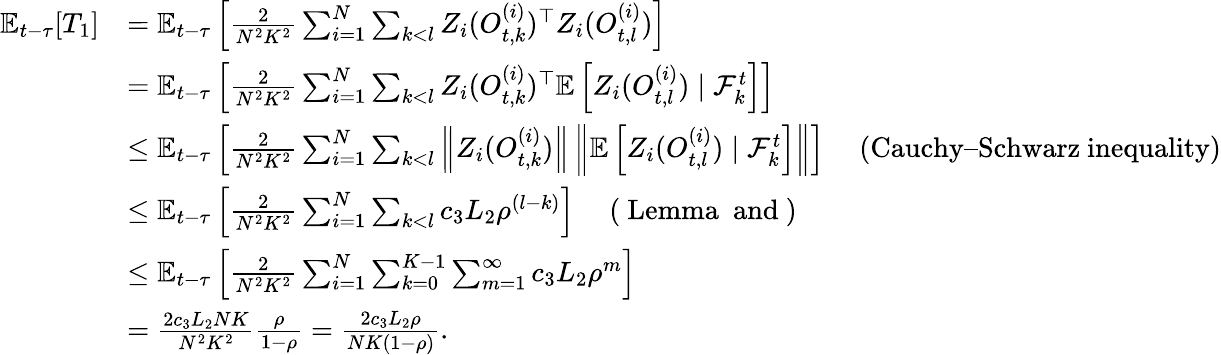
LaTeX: \begin{array}{rl}{\mathbb{E}_{t-\tau}[T_{1}]}&{=\mathbb{E}_{t-\tau}\left[\frac{2}{N^{2}K^{2}}\sum_{i=1}^{N}\sum_{k<l}Z_{i}(O_{t,k}^{(i)})^{\top}Z_{i}(O_{t,l}^{(i)})\right]}\\ &{=\mathbb{E}_{t-\tau}\left[\frac{2}{N^{2}K^{2}}\sum_{i=1}^{N}\sum_{k<l}Z_{i}(O_{t,k}^{(i)})^{\top}\mathbb{E}\left[Z_{i}(O_{t,l}^{(i)})\mid\mathcal{F}_{k}^{t}\right]\right]}\\ &{\le\mathbb{E}_{t-\tau}\left[\frac{2}{N^{2}K^{2}}\sum_{i=1}^{N}\sum_{k<l}\left\| Z_{i}(O_{t,k}^{(i)})\right\| \left\| \mathbb{E}\left[Z_{i}(O_{t,l}^{(i)})\mid\mathcal{F}_{k}^{t}\right]\right\| \right]\quad\mathrm{~(Cauchy–Schwarz~inequality)}}\\ &{\le\mathbb{E}_{t-\tau}\left[\frac{2}{N^{2}K^{2}}\sum_{i=1}^{N}\sum_{k<l}c_{3}L_{2}\rho^{(l-k)}\right]\quad\mathrm{~(~Lemma~~and~)}}\\ &{\le\mathbb{E}_{t-\tau}\left[\frac{2}{N^{2}K^{2}}\sum_{i=1}^{N}\sum_{k=0}^{K-1}\sum_{m=1}^{\infty}c_{3}L_{2}\rho^{m}\right]}\\ &{=\frac{2c_{3}L_{2}NK}{N^{2}K^{2}}\frac{\rho}{1-\rho}=\frac{2c_{3}L_{2}\rho}{NK(1-\rho)}.}\end{array}